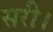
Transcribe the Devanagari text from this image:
सरी।